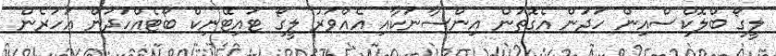
ލީގޯ ބްލޮކްސްއިން ހަދަން އެގޮތުން އިންސާނަކާއި އެއްވަރު ލީގޯ ޓައިޓޭނިކް ބޯޓެއްހަދަން އަހަރެން